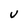
Character: U